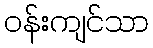
ဝန်းကျင်သာ